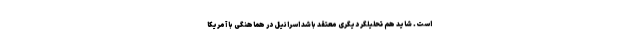
است. شاید هم تحلیلگر دیگری معتقد باشد اسرائیل در هماهنگی با آمریکا